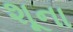
શૂના